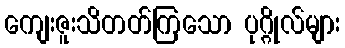
ကျေးဇူးသိတတ်ကြသော ပုဂ္ဂိုလ်များ